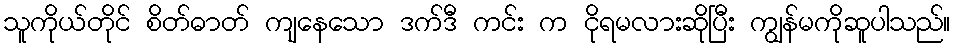
သူကိုယ်တိုင် စိတ်ဓာတ် ကျနေသော ဒက်ဒီ ကင်း က ငိုရမလားဆိုပြီး ကျွန်မကိုဆူပါသည်။